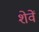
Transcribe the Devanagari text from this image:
शेवें